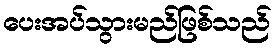
ပေးအပ်သွားမည်ဖြစ်သည်